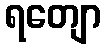
ရတျော